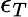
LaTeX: \epsilon_{T}